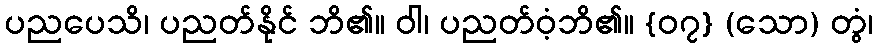
ပညပေသိ၊ ပညတ်နိုင် ဘိ၏။ ဝါ၊ ပညတ်ဝံ့ဘိ၏။ {၀၇} (သော) တွံ၊